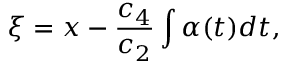
\xi = x - \frac { c _ { 4 } } { c _ { 2 } } \int \alpha ( t ) d t ,